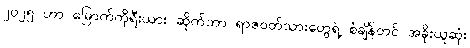
၂၀၂၅ ဟာ မြောက်ကိုရီးယား ဆိုက်ဘာ ရာဇဝတ်သားတွေရဲ့ စံချိန်တင် အခိုးယူဆုံး